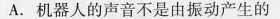
A.机器人的声音不是由振动产生的